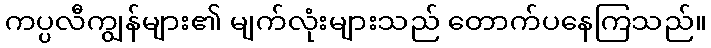
ကပ္ပလီကျွန်များ၏ မျက်လုံးများသည် တောက်ပနေကြသည်။